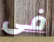
فى